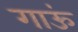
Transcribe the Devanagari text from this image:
गाऊं